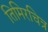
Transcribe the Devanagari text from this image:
तिमिरचित्र